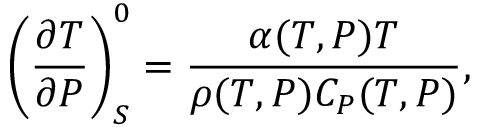
\left( \frac { \partial T } { \partial P } \right) _ { S } ^ { 0 } = \frac { \alpha ( T , P ) T } { \rho ( T , P ) C _ { P } ( T , P ) } ,